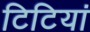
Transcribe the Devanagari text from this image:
टिटियां